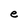
Character: e